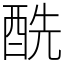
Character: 酰